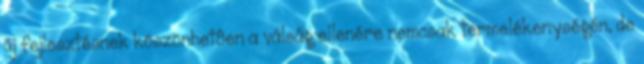
új fejlesztésnek köszönhetôen a válság ellenére nemcsak termelékenységén, de